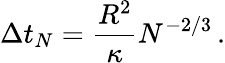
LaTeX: \Delta t_{N}=\frac{R^{2}}{\kappa}N^{-2/3}\, .